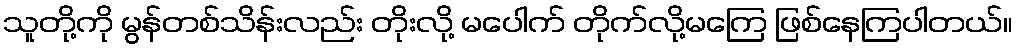
သူတို့ကို မွန်တစ်သိန်းလည်း တိုးလို့ မပေါက် တိုက်လို့မကြေ ဖြစ်နေကြပါတယ်။